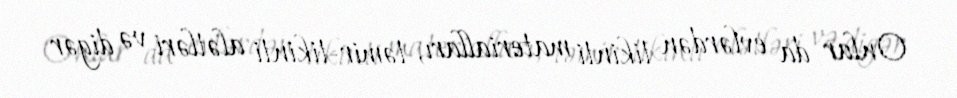
Onlar da evlərdən tikinti materialları, təmir-tikinti alətləri və digər